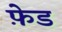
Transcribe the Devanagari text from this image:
फ़ेड